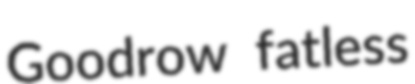
Goodrow fatless